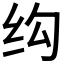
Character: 𬘗